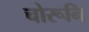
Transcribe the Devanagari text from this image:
चोरूनि